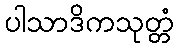
ပါသာဒိကသုတ္တံ